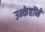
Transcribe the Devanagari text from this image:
उन्केहोंने